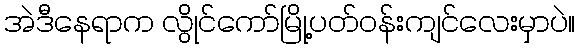
အဲဒီနေရာက လွိုင်ကော်မြို့ပတ်ဝန်းကျင်လေးမှာပဲ။